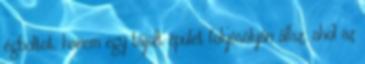
égboltot, hanem egy tájolt épület folyósólyán állsz, ahol az